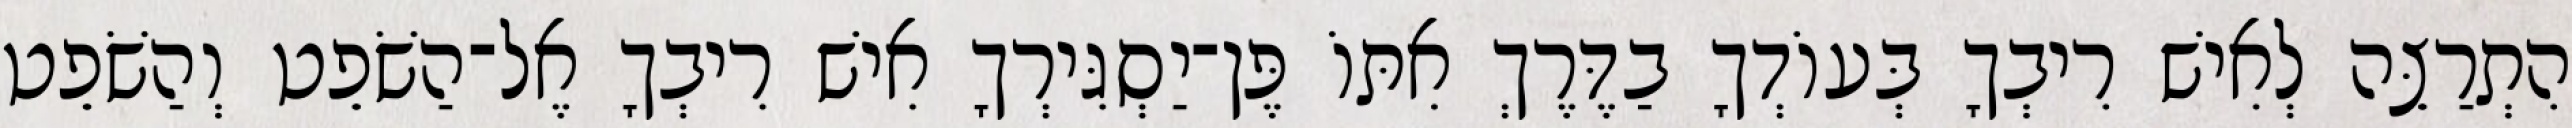
הִתְרַצֵּה לְאִישׁ רִיבְךָ בְּעוֹדְךָ בַדֶּרֶךְ אִתּוֹ פֶּן־יַסְגִּירְךָ אִישׁ רִיבְךָ אֶל־הַשֹׁפֵט וְהַשֹׁפֵט